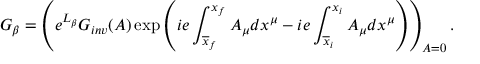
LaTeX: G _ { \beta } = \left( e ^ { L _ { \beta } } G _ { i n v } ( A ) \exp \left( i e \int _ { \overline { { { x } } } _ { f } } ^ { x _ { f } } A _ { \mu } d x ^ { \mu } - i e \int _ { \overline { { { x } } } _ { i } } ^ { x _ { i } } A _ { \mu } d x ^ { \mu } \right) \right) _ { A = 0 } .